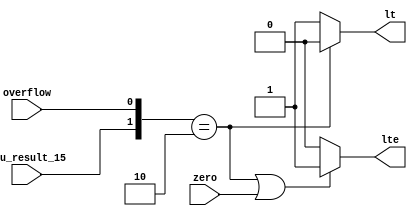
module lt_lte(alu_result_15,zero,overflow,lt,lte);

input alu_result_15;
input zero;
input overflow;
output lt; 
output lte;

assign lt=({alu_result_15,overflow}==2'b10)?0:1;//bit 15==1, rt-rs<0,rs>rt
assign lte=(({alu_result_15,overflow}==2'b10)|zero)?1:0;

endmodule